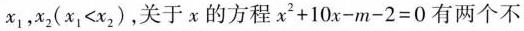
x_{1}，x_{2}($$x_{1}<x_{2}$$)，关于x的方程$$x_{2}+10x-m-2=0$$有两个不